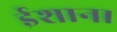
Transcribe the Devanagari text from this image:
ईशान।